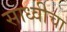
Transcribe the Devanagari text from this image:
साध्वीचा